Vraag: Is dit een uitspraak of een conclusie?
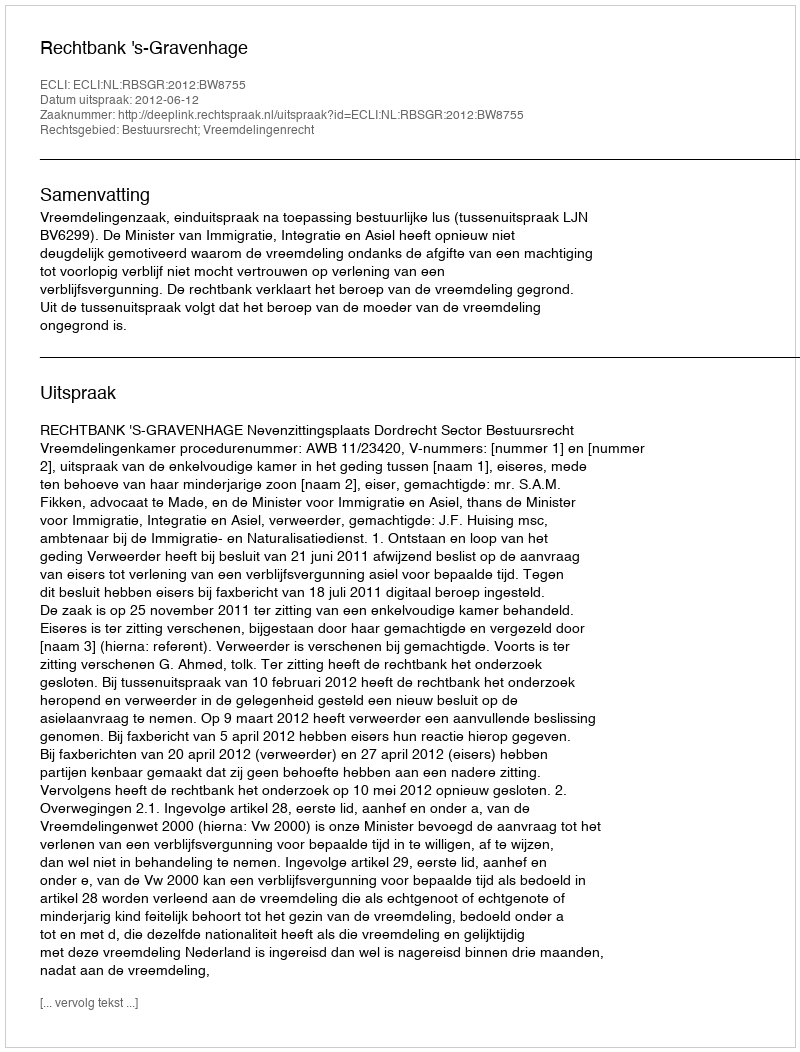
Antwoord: Uitspraak